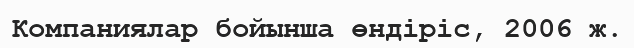
Компаниялар бойынша өндіріс, 2006 ж.